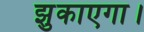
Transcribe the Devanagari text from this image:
झुकाएगा।